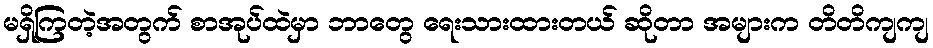
မရှိကြတဲ့အတွက် စာအုပ်ထဲမှာ ဘာတွေ ရေးသားထားတယ် ဆိုတာ အများက တိတိကျကျ